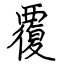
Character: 覆